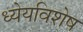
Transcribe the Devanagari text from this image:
ध्येयविशेष